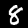
Digit: 8